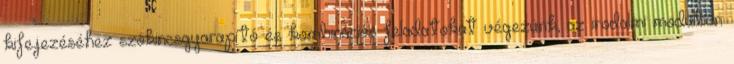
kifejezéséhez szókincsgyarapító és kombinációs feladatokat végezünk, az irodalmi modulban